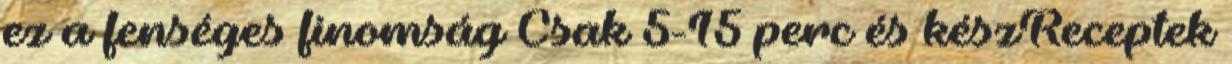
ez a fenséges finomság Csak 5-15 perc és készReceptek